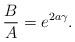
LaTeX: \begin{align*}\frac{B}{A} = e^{2 a \gamma}.\end{align*}